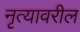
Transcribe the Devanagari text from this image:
नृत्यावरील